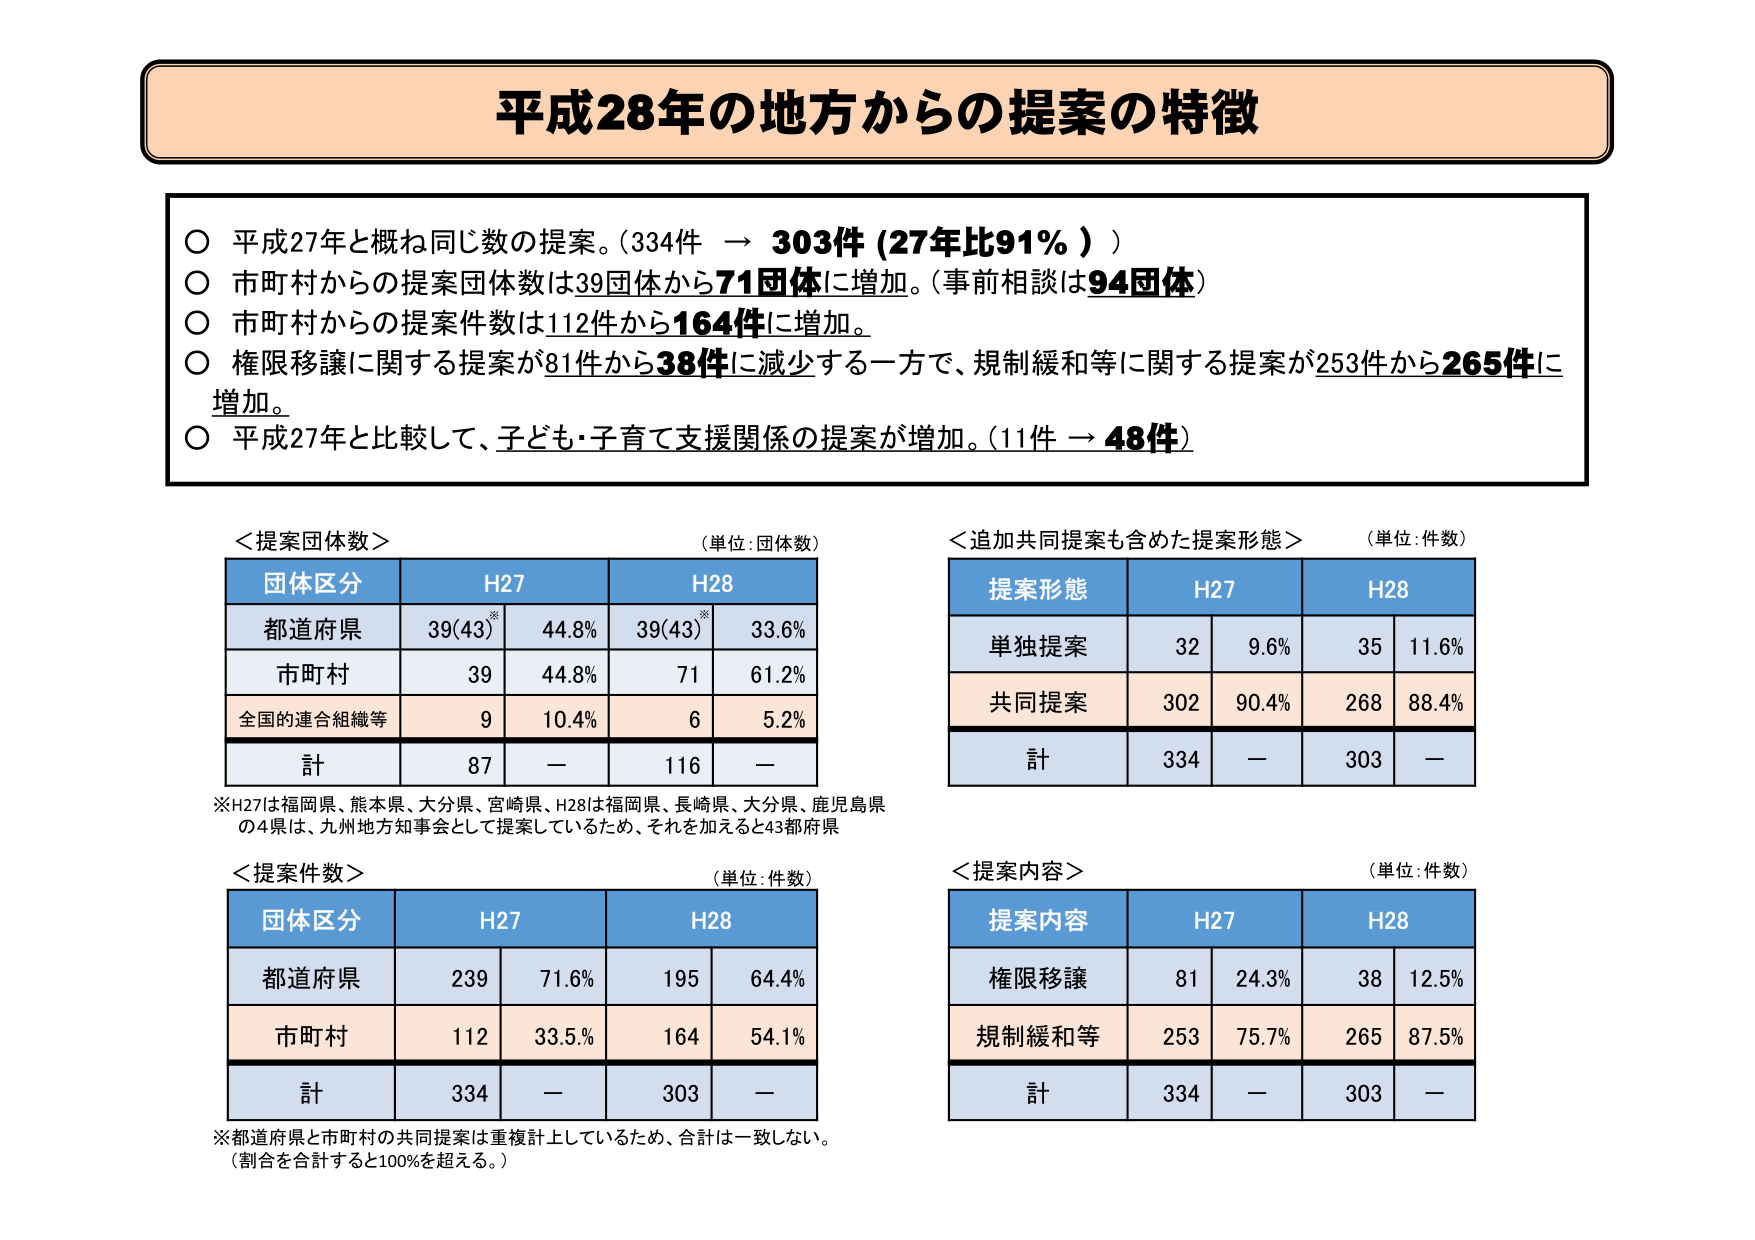
平成28年の地方からの提案の特徴

○ 平成27年と概ね同じ数の提案。（334件 → 303件（27年比91％））
○ 市町村からの提案団体数は39団体から71団体に増加。（事前相談は94団体）
○ 市町村からの提案件数は112件から164件に増加。
○ 権限移譲に関する提案が81件から38件に減少する一方で、規制緩和等に関する提案が253件から265件に増加。
○ 平成27年と比較して、子ども・子育て支援関係の提案が増加。（11件 → 48件）

＜提案団体数＞ （単位：団体数）
団体区分　　H27　　　　　H28
都道府県　　39(43)*　　44.8%　　39(43)*　　33.6%
市町村　　　39　　　　44.8%　　　71　　　　61.2%
全国の連合組織等　9　　　10.4%　　　6　　　　5.2%
計　　　　　87　　　　ー　　　　116　　　　ー

※H27は福岡県、熊本県、大分県、宮崎県、H28は福岡県、長崎県、大分県、鹿児島県の4県は、九州地方知事会として提案しているため、それを加えると43都府県

＜提案件数＞ （単位：件数）
団体区分　　H27　　　　　H28
都道府県　　239　　　71.6%　　195　　　64.4%
市町村　　　112　　　33.5%　　164　　　54.1%
計　　　　　334　　　ー　　　　303　　　ー

※都道府県と市町村の共同提案は重複計上しているため、合計は一致しない。
（割合を合計すると100%を超える。）

＜追加共同提案も含めた提案形態＞ （単位：件数）
提案形態　　H27　　　　　H28
単独提案　　32　　　9.6%　　　35　　　11.6%
共同提案　　302　　　90.4%　　268　　　88.4%
計　　　　　334　　　ー　　　　303　　　ー

＜提案内容＞ （単位：件数）
提案内容　　H27　　　　　H28
権限移譲　　81　　　24.3%　　　38　　　12.5%
規制緩和等　253　　　75.7%　　265　　　87.5%
計　　　　　334　　　ー　　　　303　　　ー